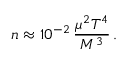
n \approx 1 0 ^ { - 2 } \, \frac { \mu ^ { 2 } T ^ { 4 } } { M ^ { 3 } } \, .